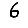
Digit: 6